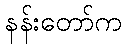
နန်းတော်က